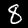
Digit: 8